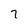
Character: 7